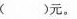
()元。